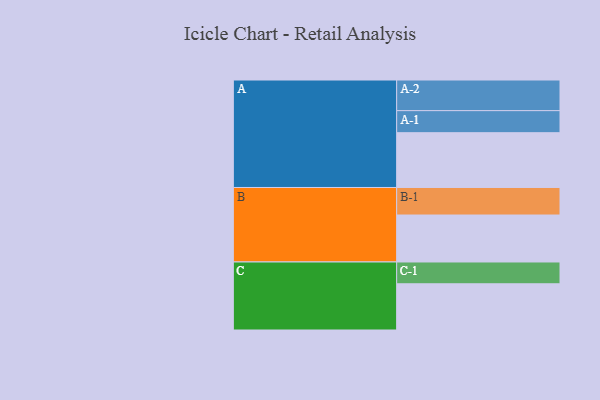
{"axis": {"x": "Segment", "y": "Value"}, "legend": ["", "A", "B", "C"], "data": [{"x": "A", "y": 440, "type": ""}, {"x": "B", "y": 377, "type": ""}, {"x": "C", "y": 371, "type": ""}, {"x": "A-1", "y": 177, "type": "A"}, {"x": "A-2", "y": 246, "type": "A"}, {"x": "B-1", "y": 221, "type": "B"}, {"x": "C-1", "y": 175, "type": "C"}]}